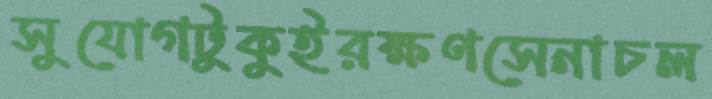
সুযোগটুকুইরক্ষণসেনাচল